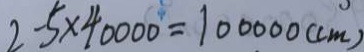
2 \cdot 5 \times 4 0 0 0 0 = 1 0 0 0 0 0 ( c m )